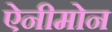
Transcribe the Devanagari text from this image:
ऐनीमोन